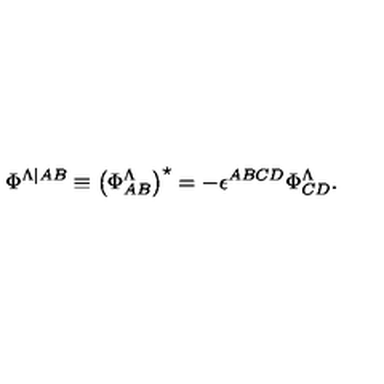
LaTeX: \Phi ^ { \Lambda \vert { A B } } \equiv \left( \Phi _ { A B } ^ { \Lambda } \right) ^ { \star } = - \epsilon ^ { A B C D } \Phi _ { C D } ^ { \Lambda } .